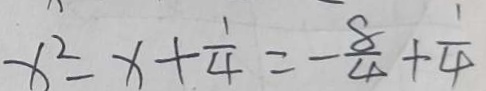
x ^ { 2 } - x + \frac { 1 } { 4 } = - \frac { 8 } { 4 } + \frac { 1 } { 4 }